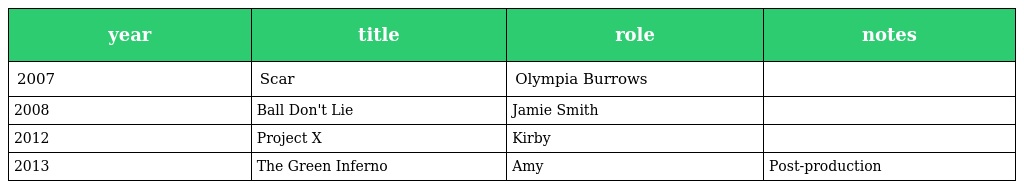
| year | title | role | notes |
 | --- | --- | --- | --- |
 | 2007 | Scar | Olympia Burrows |  |
 | 2008 | Ball Don't Lie | Jamie Smith |  |
 | 2012 | Project X | Kirby |  |
 | 2013 | The Green Inferno | Amy | Post-production |